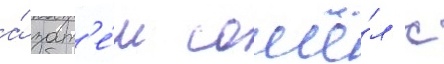
а́ зат'е́м сошё́л с